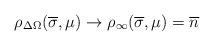
LaTeX: \begin{align*}\rho_{\Delta\Omega}(\overline\sigma,\mu)\to \rho_\infty(\overline\sigma,\mu) = \overline n\end{align*}